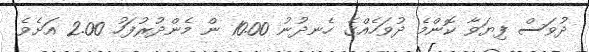
ދުވަސް ފިޔަވާ ކޮންމެ ދުވަހެއްގެ ހެނދުނު 10.00 ން މެންދުރުފަހު 2.00 އަށެވެ.